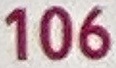
106